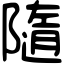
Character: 隨